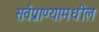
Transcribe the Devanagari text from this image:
सर्वप्राण्यामधील